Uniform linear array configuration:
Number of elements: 48
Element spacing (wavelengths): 1
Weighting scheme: exponential
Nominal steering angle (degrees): -45
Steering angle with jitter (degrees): -43.672
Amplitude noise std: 0.05
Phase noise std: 0.05

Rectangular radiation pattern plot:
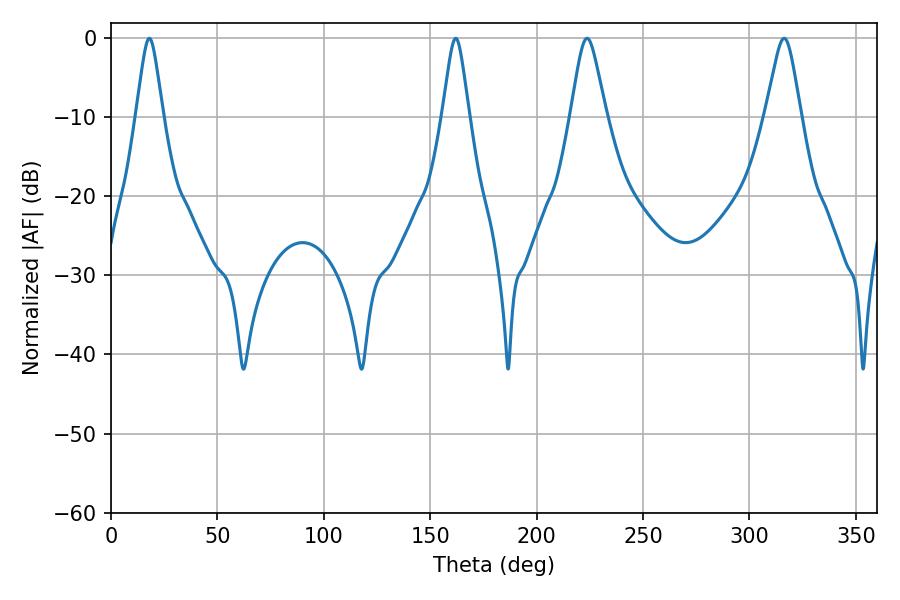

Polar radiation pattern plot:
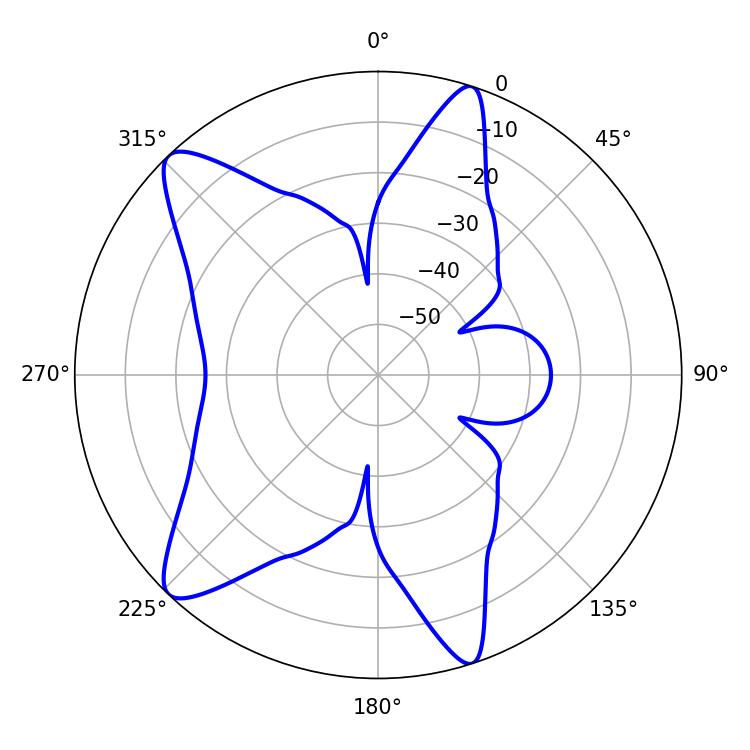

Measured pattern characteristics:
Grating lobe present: TRUE
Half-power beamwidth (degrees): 5.94
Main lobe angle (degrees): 18